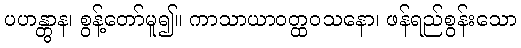
ပဟန္တွာန၊ စွန့်တော်မူ၍။ ကာသာယာဝတ္ထဝသနော၊ ဖန်ရည်စွန်းသော